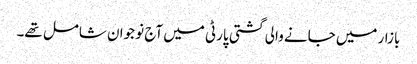
بازار میں جانے والی گشتی پارٹی میں آج نو جوان شامل تھے۔